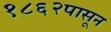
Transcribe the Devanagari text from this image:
१८६२पासून